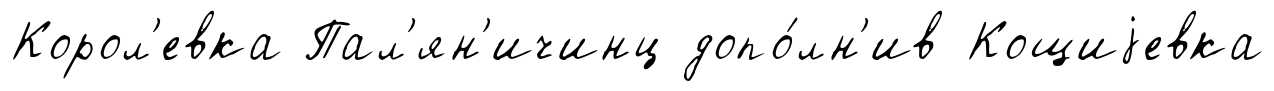
Корол'евка Пал'ян'ичинц допо́лн'ив Кощиjевка